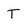
Character: T